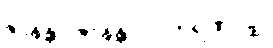
ဇာနန္တာ ဇာနန္တ ပါပကရဏပဥှ။